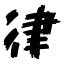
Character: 律